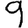
Digit: 9